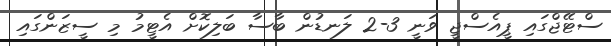
ސްޓޭޖްގައި ޕީއެސްޖީ ވަނީ 3-2 ލަނޑުން ބާސާ ބަލިކޮށް އެޓީމު މި ސީޒަންގައި